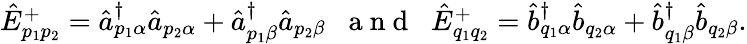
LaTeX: \begin{array}{r}{\hat{E}_{p_{1}p_{2}}^{+}=\hat{a}_{p_{1}\alpha}^{\dagger}\hat{a}_{p_{2}\alpha}+\hat{a}_{p_{1}\beta}^{\dagger}\hat{a}_{p_{2}\beta}\; \; \mathrm{~a~n~d~}\; \; \hat{E}_{q_{1}q_{2}}^{+}=\hat{b}_{q_{1}\alpha}^{\dagger}\hat{b}_{q_{2}\alpha}+\hat{b}_{q_{1}\beta}^{\dagger}\hat{b}_{q_{2}\beta}.}\end{array}